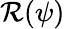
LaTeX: \mathcal{R}(\psi)